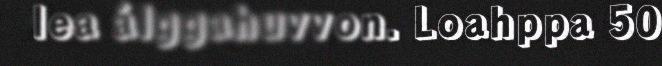
lea álggahuvvon. Loahppa 50